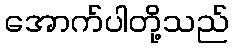
အောက်ပါတို့သည်